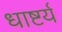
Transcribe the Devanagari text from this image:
धाष्टर्य